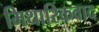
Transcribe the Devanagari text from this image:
मिथारिकवाद